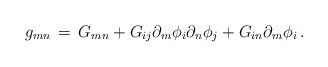
\begin{align*}g_{mn} \, = \, G_{mn} + G_{ij} \partial_m \phi_i \partial_n \phi_j + G_{in} \partial_m \phi_i \, .\end{align*}